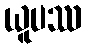
ယူပဿ